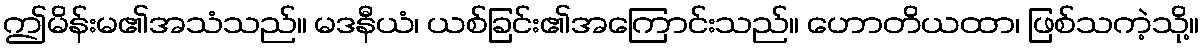
ဤမိန်းမ၏အသံသည်။ မဒနီယံ၊ ယစ်ခြင်း၏အကြောင်းသည်။ ဟောတိယထာ၊ ဖြစ်သကဲ့သို့။